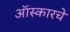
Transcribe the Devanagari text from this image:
ऑस्कारचे